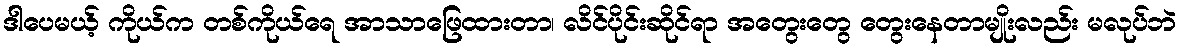
ဒါပေမယ့် ကိုယ်က တစ်ကိုယ်ရေ အာသာဖြေထားတာ၊ လိင်ပိုင်းဆိုင်ရာ အတွေးတွေ တွေးနေတာမျိုးလည်း မလုပ်ဘဲ